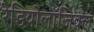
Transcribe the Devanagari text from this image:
रेडियोलॉजिक्ल